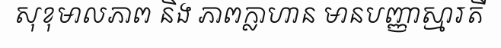
សុខុមាលភាព និង ភាពក្លាហាន មានបញ្ញាស្មារតី